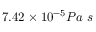
7 . 4 2 \times 1 0 ^ { - 5 } P a ~ s